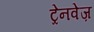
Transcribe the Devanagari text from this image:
ट्रेनवेज़